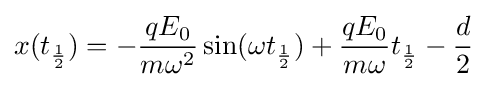
x(t_{\frac {1}{2}})=-{\frac {qE_{0}}{m\omega ^{2}}}\sin(\omega t_{\frac {1}{2}})+{\frac {qE_{0}}{m\omega }}t_{\frac {1}{2}}-{\frac {d}{2}}